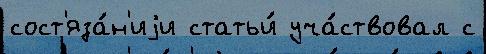
сост'яза́н'иjи статьи́ уча́ствовал с